Subject: math
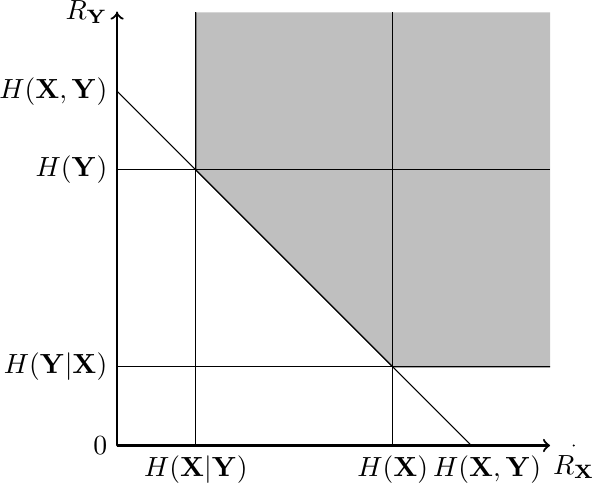
LaTeX code:
    \begin{tikzpicture}
    \draw [thick,->](0,0) -- (5.5,0);
    \draw [thick,->](0,0) -- (0,5.5);
    \fill [gray!50](1,5.5) -- (1,3.5) -- (3.5,1) -- (5.5,1) -- (5.5,5.5);
    \draw [thin](0,1) -- (5.5,1);
    \draw [thin](0,3.5) -- (5.5,3.5);
    \draw [thin](1,0) -- (1,5.5);
    \draw [thin](3.5,0) -- (3.5,5.5);
    \draw [thin](4.5,0) -- (0,4.5);
    \draw [thin](1,5.5) -- (1,3.5) -- (3.5,1) -- (5.5,1);
    \filldraw[black] (1,0) circle (0.1pt) node[anchor=north] {$H(\mathbf{X}|\mathbf{Y})$};
    \filldraw[black] (3.5,0) circle (0.1pt) node[anchor=north] {$H(\mathbf{X})$};
    \filldraw[black] (4.7,0) circle (0.1pt) node[anchor=north] {$H(\mathbf{X},\mathbf{Y})$};
    \filldraw[black] (0,1) circle (0.1pt) node[anchor=east] {$H(\mathbf{Y}|\mathbf{X})$};
    \filldraw[black] (0,3.5) circle (0.1pt) node[anchor=east] {$H(\mathbf{Y})$};
    \filldraw[black] (0,4.5) circle (0.1pt) node[anchor=east] {$H(\mathbf{X},\mathbf{Y})$};
    \filldraw[black] (5.8,0) circle (0.1pt) node[anchor=north] {$R_\mathbf{X}$};
    \filldraw[black] (0,5.5) circle (0.1pt) node[anchor=east] {$R_\mathbf{Y}$};
    \filldraw[black] (0,0) circle (0.1pt) node[anchor=east] {$0$};
    \end{tikzpicture}